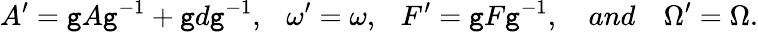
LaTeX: A^{\prime}=\mathtt{g}A\mathtt{g}^{-1}+\mathtt{g}d\mathtt{g}^{-1},\ \ \ \omega^{\prime}=\omega,\ \ \ F^{\prime}=\mathtt{g}F\mathtt{g}^{-1},\ \ \ \ and\ \ \ \ \Omega^{\prime}=\Omega.